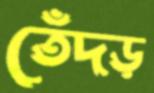
তেঁদড়